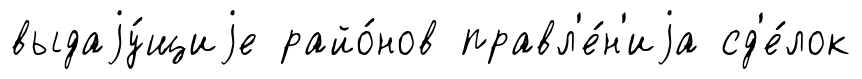
выдаjу́щиjе райо́нов правл'е́н'иjа сд'е́лок